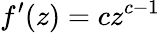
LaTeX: f^{\prime}(z)=cz^{c-1}